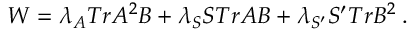
W = \lambda _ { A } T r A ^ { 2 } B + \lambda _ { S } S T r A B + \lambda _ { S ^ { \prime } } S ^ { \prime } T r B ^ { 2 } \; .